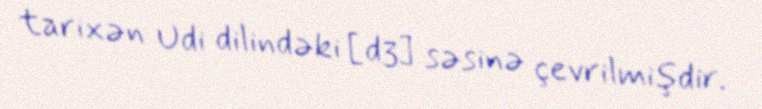
tarixən Udi dilindəki [dʒ] səsinə çevrilmişdir.